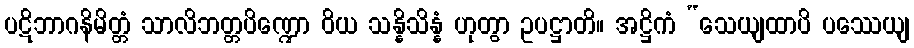
ပဋိဘာဂနိမိတ္တံ သာလိဘတ္တပိဏ္ဍော ဝိယ သန္နိသိန္နံ ဟုတွာ ဥပဋ္ဌာတိ။ အဋ္ဌိကံ “သေယျထာပိ ပဿေယျ